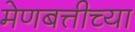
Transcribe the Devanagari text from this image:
मेणबत्तीच्या